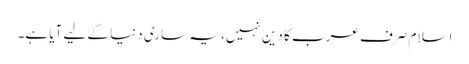
اسلام صرف عرب کا دین نہیں، یہ ساری دنیا کے لیے آیا ہے۔